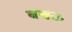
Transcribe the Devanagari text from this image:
बच्चनः